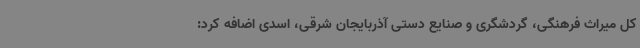
کل میراث فرهنگی، گردشگری و صنایع دستی آذربایجان شرقی، اسدی اضافه کرد: